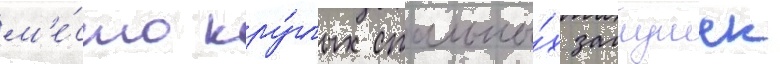
м'е́сто кру́глых стальны́х заглушек